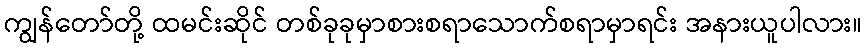
ကျွန်တော်တို့ ထမင်းဆိုင် တစ်ခုခုမှာစားစရာသောက်စရာမှာရင်း အနားယူပါလား။